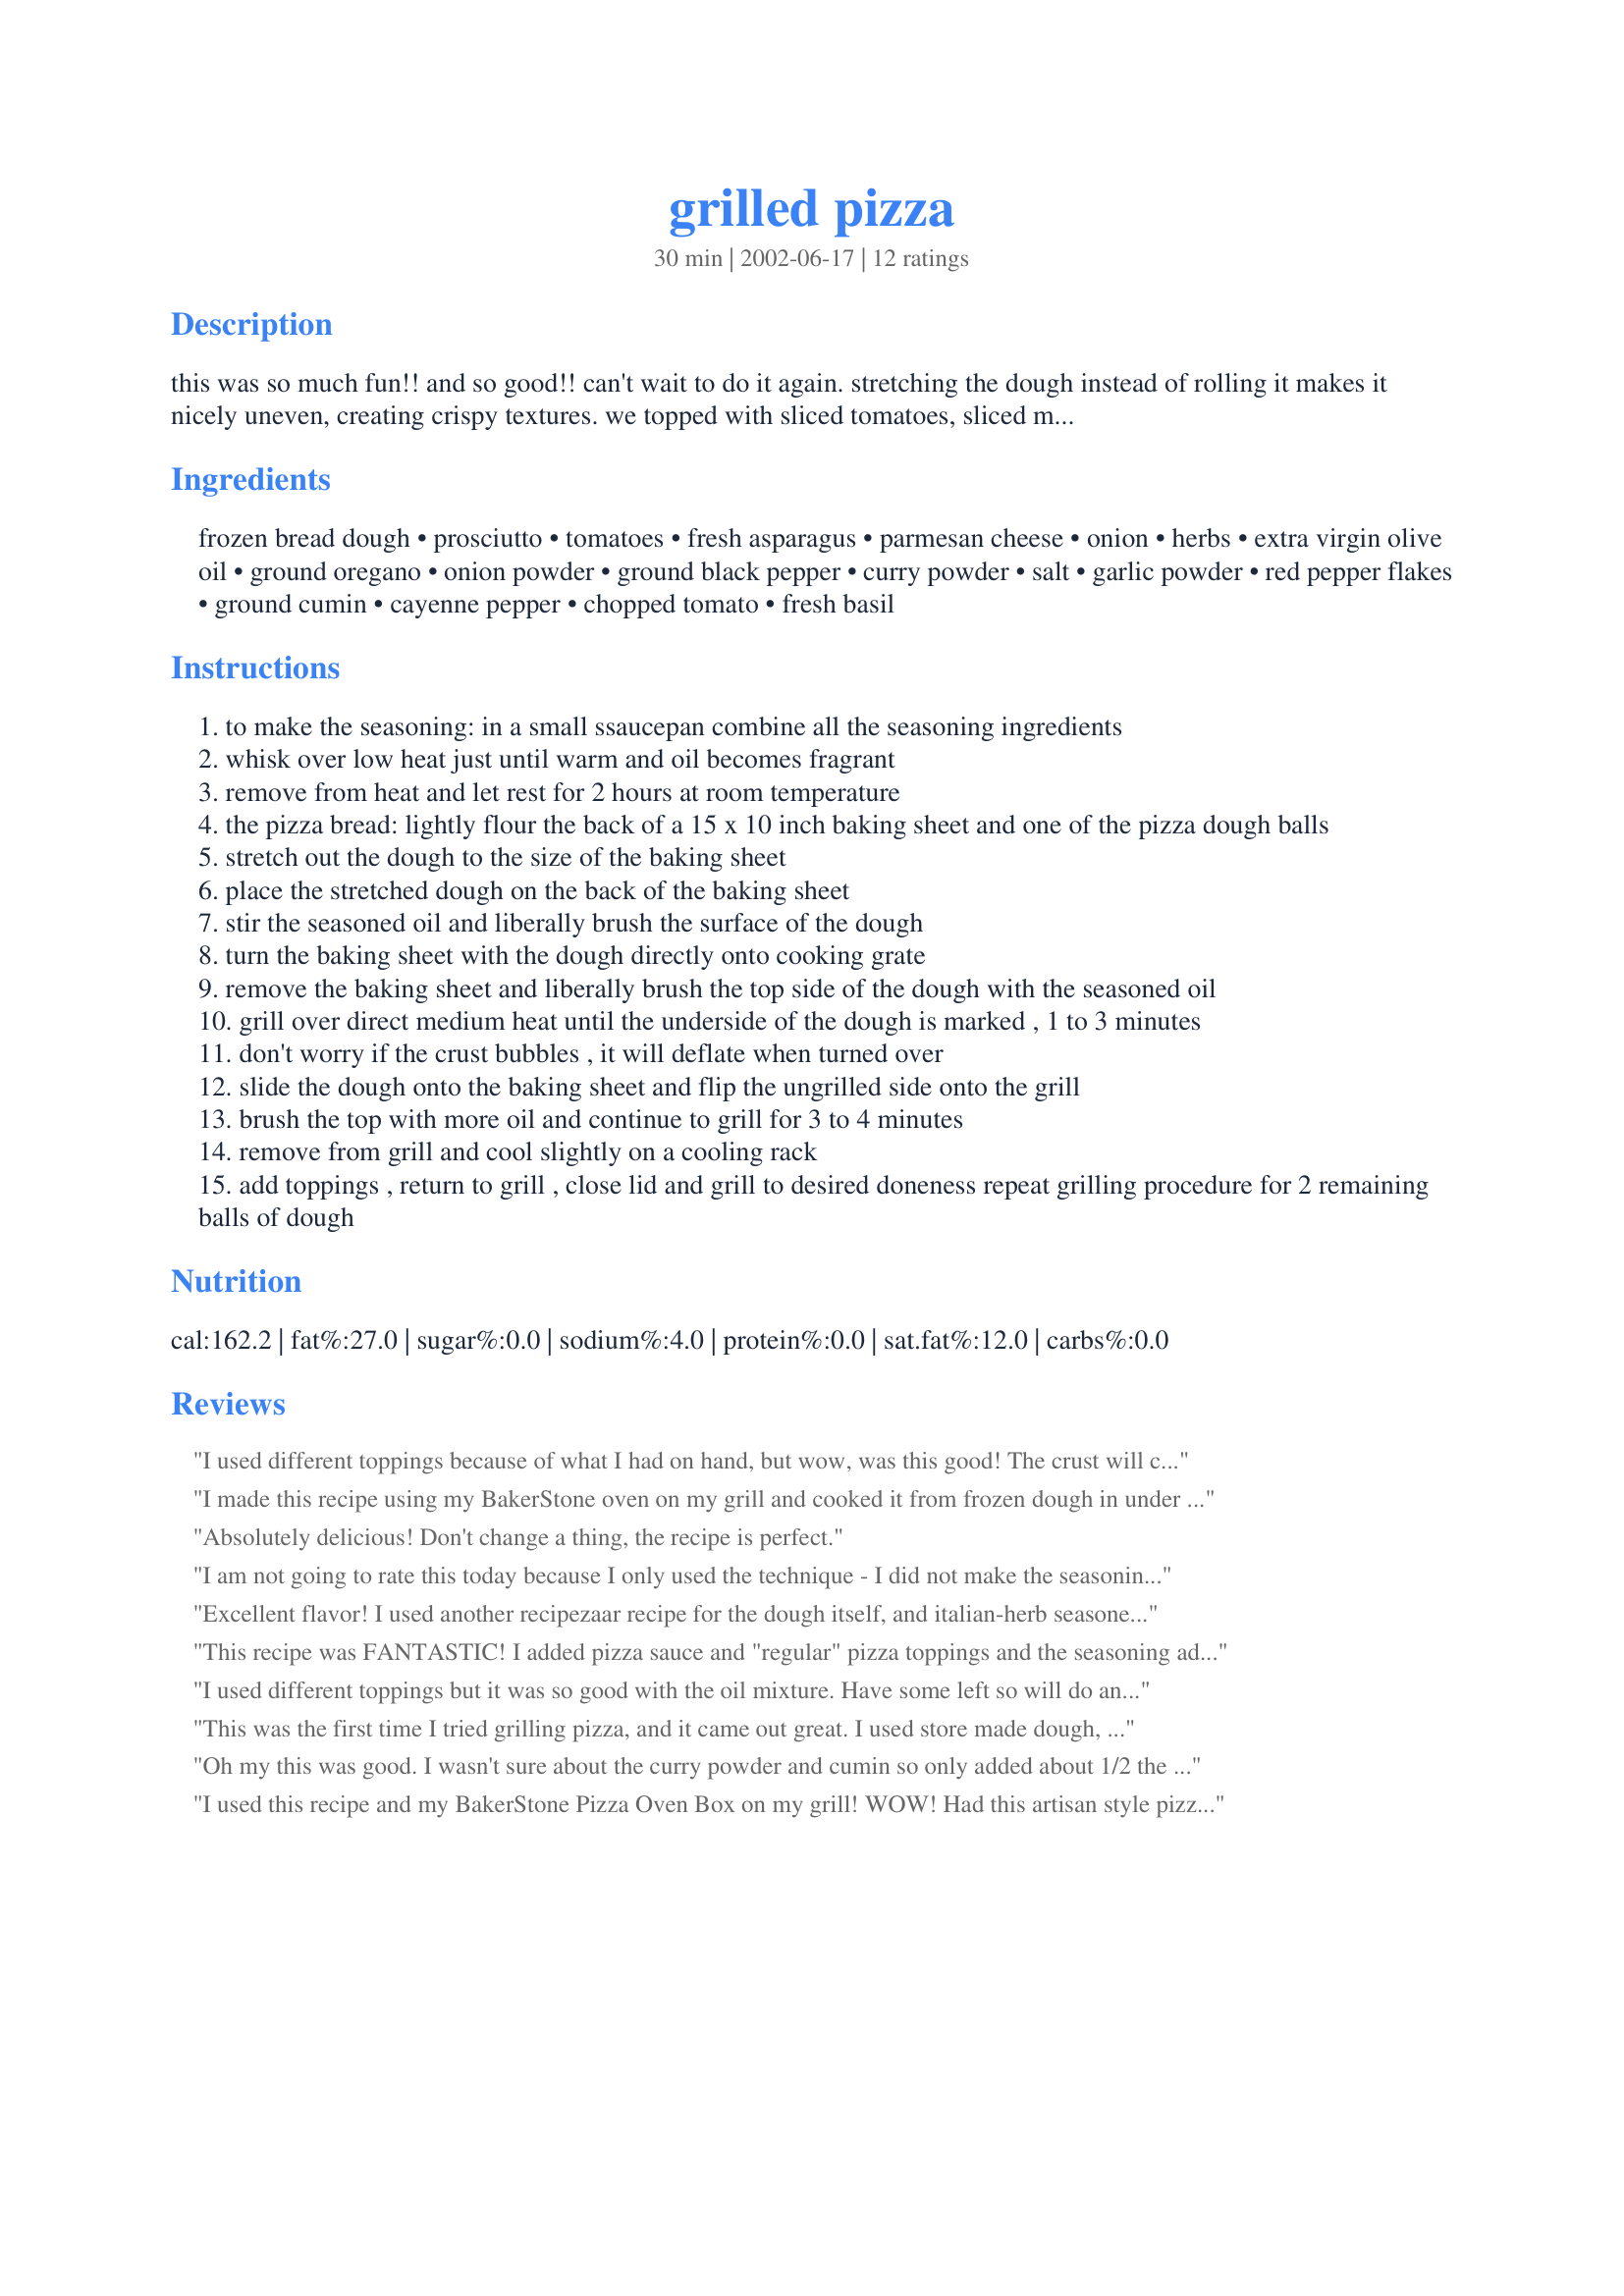
grilled pizza
Preparation time: 30 minutes

this was so much fun!! and so good!! can't wait to do it again. stretching the dough instead of rolling it makes it nicely uneven, creating crispy textures. we topped with sliced tomatoes, sliced mushrooms, tender crisp asparagus and parmesan cheese, sprinkled with oregano and thyme. we just used one dough ball. from the local newspaper.

Ingredients:
frozen bread dough, prosciutto, tomatoes, fresh asparagus, parmesan cheese, onion, herbs, extra virgin olive oil, ground oregano, onion powder, ground black pepper, curry powder, salt, garlic powder, red pepper flakes, ground cumin, cayenne pepper, chopped tomato, fresh basil

Steps:
to make the seasoning: in a small ssaucepan combine all the seasoning ingredients
whisk over low heat just until warm and oil becomes fragrant
remove from heat and let rest for 2 hours at room temperature
the pizza bread: lightly flour the back of a 15 x 10 inch baking sheet and one of the pizza dough balls
stretch out the dough to the size of the baking sheet
place the stretched dough on the back of the baking sheet
stir the seasoned oil and liberally brush the surface of the dough
turn the baking sheet with the dough directly onto cooking grate
remove the baking sheet and liberally brush the top side of the dough with the seasoned oil
grill over direct medium heat until the underside of the dough is marked , 1 to 3 minutes
don't worry if the crust bubbles , it will deflate when turned over
slide the dough onto the baking sheet and flip the ungrilled side onto the grill
brush the top with more oil and continue to grill for 3 to 4 minutes
remove from grill and cool slightly on a cooling rack
add toppings , return to grill , close lid and grill to desired doneness repeat grilling procedure for 2 remaining balls of dough

Reviews:
I used different toppings because of what I had on hand, but wow, was this good! The crust will cook VERY quickly, so make sure you keep an eye on it. I burnt my first round, but they still tasted good. I love that you get the flavor of the barbecue and don't have to heat the house with the oven.
I made this recipe using my BakerStone oven on my grill and cooked it from frozen dough in under five minutes! I have an indoor model I used on my gas stove and cooked a pizza from raw dough in 2:28! I shredded some asiago on top as well for a little different flavor profile.
Absolutely delicious! Don't change a thing, the recipe is perfect.
I am not going to rate this today because I only used the technique - I did not make the seasoning which seems to be the core of the recipe. This was my first time making pizza on the grill and I followed the directions (without the seasoning part) and my pizza was perfect! Normally my pizza crust is not cooked long enough and it is soggy, but tonight it was crisp on the outside and soft and chewy on the inside - perfect! I will definitely be making this again and next time I will make the seasoning part so I can give this recipe the 5 stars it deserves.
Excellent flavor! I used another recipezaar recipe for the dough itself, and italian-herb seasoned hamburger with diced salami and chopped tomatoes for the topping, under mozzarella/cheddar blend. The seasoning and method of this recipe were wonderful - with one word of caution. ***Please make sure you don't have even small puddles of the olive oil seasoning on your pizza crust when you flip it - I did, and the resulting instant fireball from my gas BBQ grill removed some of my eyelashes and required a haircut on my bangs to even out the burned edges! Possibly, I'm a dork... but it just didn't register beforehand. sigh.
I'm still giving it 5 stars, how's that for a great tasting recipe?!
This recipe was FANTASTIC! I added pizza sauce and "regular" pizza toppings and the seasoning added just the perfect hint of flavor to the pizza. I have added this to my favorites list!
I used different toppings but it was so good with the oil mixture. Have some left so will do another pizza soon.
This was the first time I tried grilling pizza, and it came out great. I used store made dough, and we ended up making 4 pizzas. I think I should have let the dough rest a bit more after stretching, because it kept pulling back. Also, I had about 3/4 cup left (or more) of the oil spice mix - even with 4 pizzas. I cannot see how you would use all that oil for one pizza. We topped our with fresh tomato, mushrooms, and asparagus (and cheese of course). See picture. The crust is very thick, and you think it won't be cooked through, but it is, and it's very tasty, especially with the oil mixture.
Oh my this was good. I wasn't sure about the curry powder and cumin so only added about 1/2 the called for amounts. I added tomatoes, fresh basil and parmesan. Loved the crispiness of the dough and the seasoning oil was perfect.
I used this recipe and my BakerStone Pizza Oven Box on my grill! WOW! Had this artisan style pizza in about two minutes! YUM
I can't believe I have waited 7 years to review this AMAZING pizza! The seasoning alone needs 5 stars. The seasoning MAKES this pizza! It's pretty much what I'm reviewing since I'm a 'lazy' cook. I cheat and use Pillsbury pizza dough. I also don't return the pizza to the grill, since I'm not grill savvy... I throw it in the oven to finish it off after adding seasonings. But the seasoning.... oh my. Who cares about how the pizza is finished. Brush your dough with the mixture, grill, it, and do the rest as you please. Delish!!!
Very tasty. I think i've found my new favorite way to make pizza. However i didn't use the frozen pizza dough, but made my own from sour dough yeast starter and whole wheat flour. But the seasoning and cooking it on the grill bit was a fantastic idea
